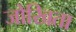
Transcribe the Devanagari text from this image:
जोखिता